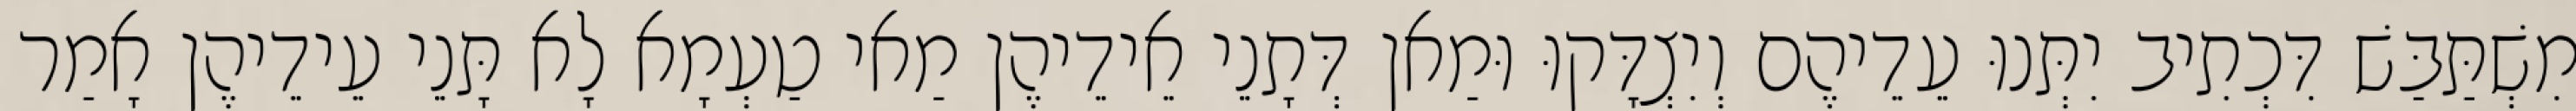
מִשְׁתַּבַּשׁ דִּכְתִיב יִתְּנוּ עֵדֵיהֶם וְיִצְדָּקוּ וּמַאן דְּתָנֵי אֵידֵיהֶן מַאי טַעְמָא לָא תָּנֵי עֵידֵיהֶן אָמַר